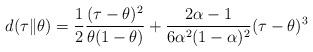
LaTeX: \begin{align*}d(\tau\| \theta)=\frac{1}{2}\frac{(\tau-\theta)^2}{\theta(1-\theta)}+\frac{2\alpha-1}{6\alpha^2(1-\alpha)^2}(\tau-\theta)^3 \end{align*}